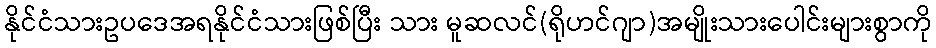
နိုင်ငံသားဥပဒေအရနိုင်ငံသားဖြစ်ပြီး သား မူဆလင်(ရိုဟင်ဂျာ)အမျိုးသားပေါင်းများစွာကို